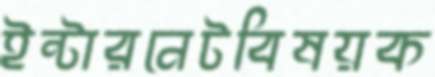
ইন্টারনেটবিষয়ক